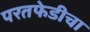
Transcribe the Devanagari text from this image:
परतफेडीचा